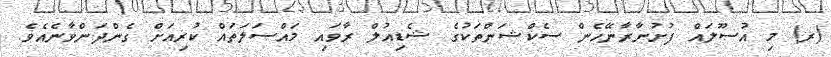
(ރ) މި އުސޫލައް ފުށުނާރާނޭހެން ސެކްޝަންތަކުގެ ޝެޑިއުލް ރާވައި މައްސަލަތައް ކުރިއަށް ގެންދަންވާނެއެވެ.